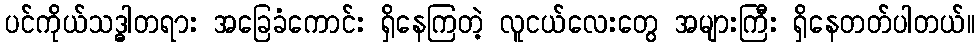
ပင်ကိုယ်သဒ္ဓါတရား အခြေခံကောင်း ရှိနေကြတဲ့ လူငယ်လေးတွေ အများကြီး ရှိနေတတ်ပါတယ်။